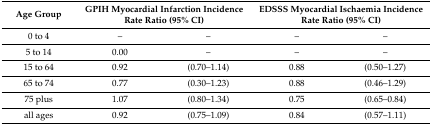
| Age Group | <COLSPAN=2> GPIH Myocardial Infarction Incidence Rate Ratio (95% CI) | <COLSPAN=2> EDSSS Myocardial Ischaemia Incidence Rate Ratio (95% CI) |
 | --- | --- | --- | --- | --- |
 | 0 to 4 | – | – | – | – |
 | 5 to 14 | 0.00 | – | – | – |
 | 15 to 64 | 0.92 | (0.70–1.14) | 0.88 | (0.50–1.27) |
 | 65 to 74 | 0.77 | (0.30–1.23) | 0.88 | (0.46–1.29) |
 | 75 plus | 1.07 | (0.80–1.34) | 0.75 | (0.65–0.84) |
 | all ages | 0.92 | (0.75–1.09) | 0.84 | (0.57–1.11) |